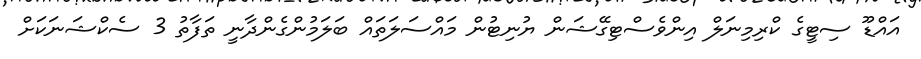
އައްޑޫ ސިޓީގެ ކްރިމިނަލް އިންވެސްޓިގޭޝަން ޔުނިޓުން މައްސަލަތައް ބަލަމުންގެންދާނީ ތަފާތު 3 ސެކްޝަނަކަށް